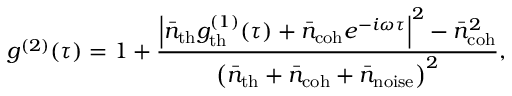
g ^ { ( 2 ) } ( \tau ) = 1 + \frac { \left| \bar { n } _ { \mathrm { t h } } g _ { \mathrm { t h } } ^ { ( 1 ) } ( \tau ) + \bar { n } _ { \mathrm { c o h } } e ^ { - i \omega \tau } \right| ^ { 2 } - \bar { n } _ { \mathrm { c o h } } ^ { 2 } } { \left( \bar { n } _ { \mathrm { t h } } + \bar { n } _ { \mathrm { c o h } } + \bar { n } _ { \mathrm { n o i s e } } \right) ^ { 2 } } ,